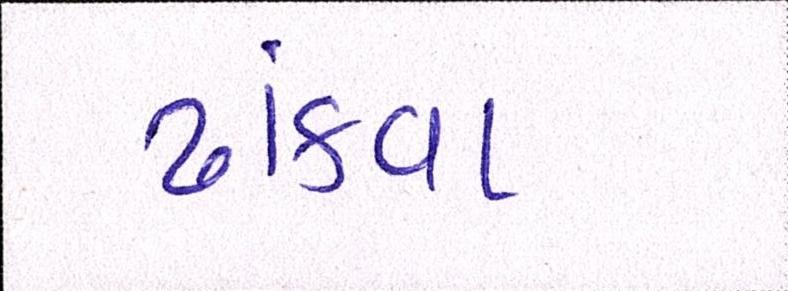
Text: ઢાંકવા